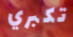
تكبري